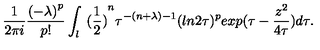
\frac { 1 } { 2 \pi i } \frac { { ( - \lambda ) } ^ { p } } { p ! } \int _ { l } { \ ( \frac { 1 } { 2 } ) } ^ { n } \tau ^ { - ( n + \lambda ) - 1 } ( l n 2 \tau ) ^ { p } e x p ( \tau - \frac { z ^ { 2 } } { 4 \tau } ) d \tau .